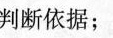
判断依据；